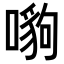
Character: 𠾠